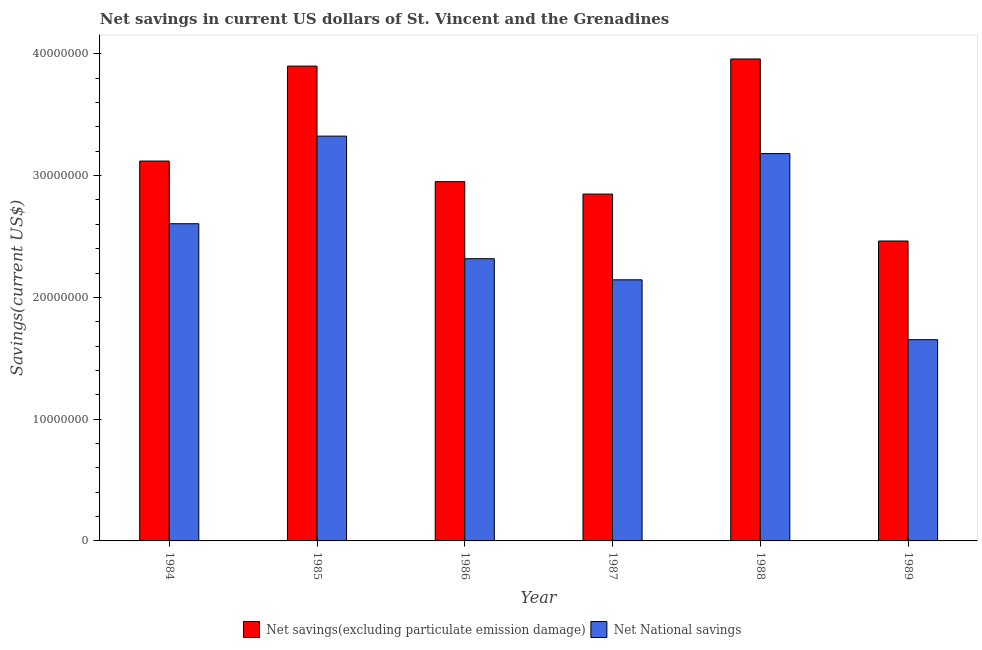
| Year | Net savings(excluding particulate emission damage) | Net National savings |
 | --- | --- | --- |
 | 1984 | 3.12e+07 | 2.6e+07 |
 | 1985 | 3.9e+07 | 3.32e+07 |
 | 1986 | 2.95e+07 | 2.32e+07 |
 | 1987 | 2.85e+07 | 2.14e+07 |
 | 1988 | 3.96e+07 | 3.18e+07 |
 | 1989 | 2.46e+07 | 1.65e+07 |